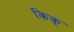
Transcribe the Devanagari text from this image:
किक्